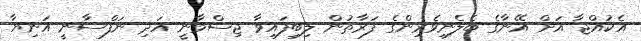
އެކުއްޖާ އަށް އޭނާގެ ބެލެނިވެރިންގެ ފަރާތުން ލިބިފައިވާ ޖިސްމާނީ އަދި ނަފްސާނީ އަނިޔާ